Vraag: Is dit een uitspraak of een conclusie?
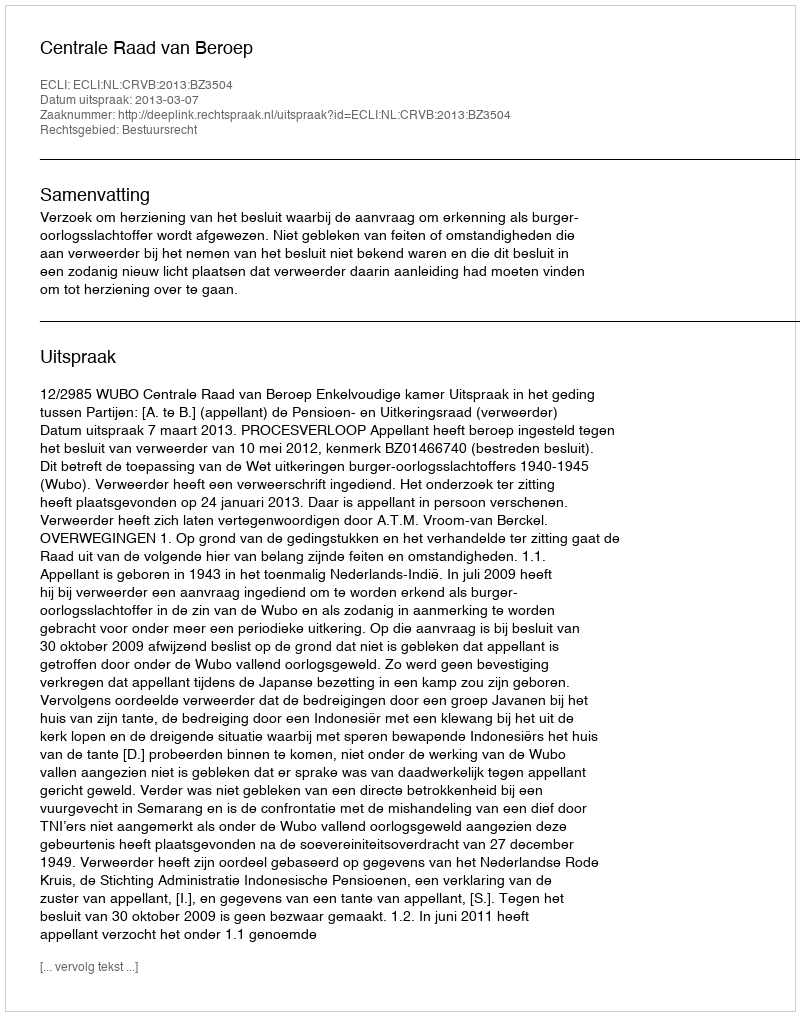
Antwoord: Uitspraak